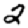
Digit: 2